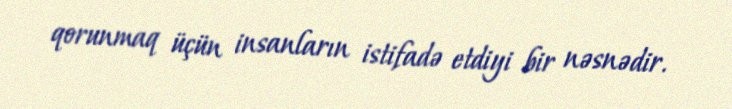
qorunmaq üçün insanların istifadə etdiyi bir nəsnədir.